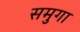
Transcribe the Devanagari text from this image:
समुगा